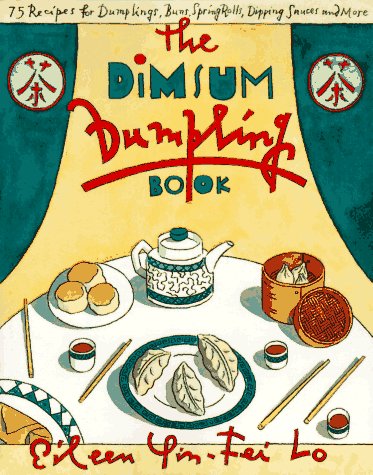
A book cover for The Dim Sum Dumpling Book; Eileen Yin-Fei Lo; Cookbooks, Food & Wine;